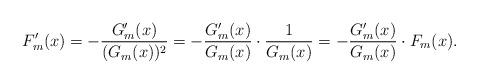
LaTeX: \begin{align*} F_m'(x)&=-\frac{G_m'(x)}{(G_m(x))^2}=-\frac{G_m'(x)}{G_m(x)}\cdot \frac{1}{G_m(x)}=-\frac{G_m'(x)}{G_m(x)}\cdot F_m(x).\end{align*}